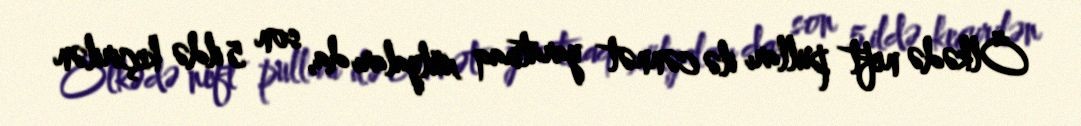
Ölkədə neft pulları ilə cənnət yaratmaq xülyaları da, son 5 ildə keçirilən